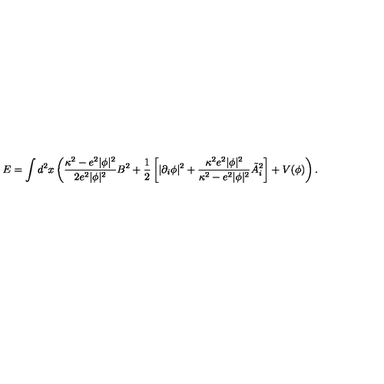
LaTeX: E = \int d ^ { 2 } x \left( { \frac { \kappa ^ { 2 } - e ^ { 2 } | \phi | ^ { 2 } } { 2 e ^ { 2 } | \phi | ^ { 2 } } } B ^ { 2 } + { \frac { 1 } { 2 } } \left[ | \partial _ { i } \phi | ^ { 2 } + { \frac { \kappa ^ { 2 } e ^ { 2 } | \phi | ^ { 2 } } { \kappa ^ { 2 } - e ^ { 2 } | \phi | ^ { 2 } } } \tilde { A } _ { i } ^ { 2 } \right] + V ( \phi ) \right) .